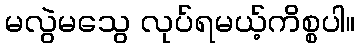
မလွဲမသွေ လုပ်ရမယ့်ကိစ္စပါ။